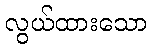
လွယ်ထားသော